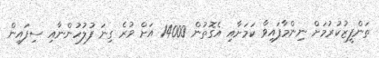
ތަންފީޒުކުރުމަށް ނިންމާފައިވާ ކަމަށާއި އެގޮތުން 14000 އަށް ވުރެ ގިނަ ފުލުހުންނާއި ސިފައިން